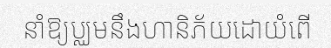
នាំឱ្យប្ឈមនឹងហានិភ័យដោយំពើ